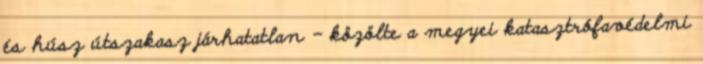
és húsz útszakasz járhatatlan - közölte a megyei katasztrófavédelmi